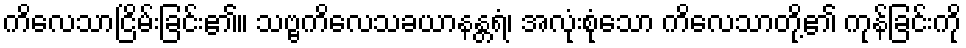
ကိလေသာငြိမ်းခြင်း၏။ သဗ္ဗကိလေသခယာနန္တရံ၊ အလုံးစုံသော ကိလေသာတို့၏ ကုန်ခြင်းကို